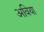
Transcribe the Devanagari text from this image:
अविया